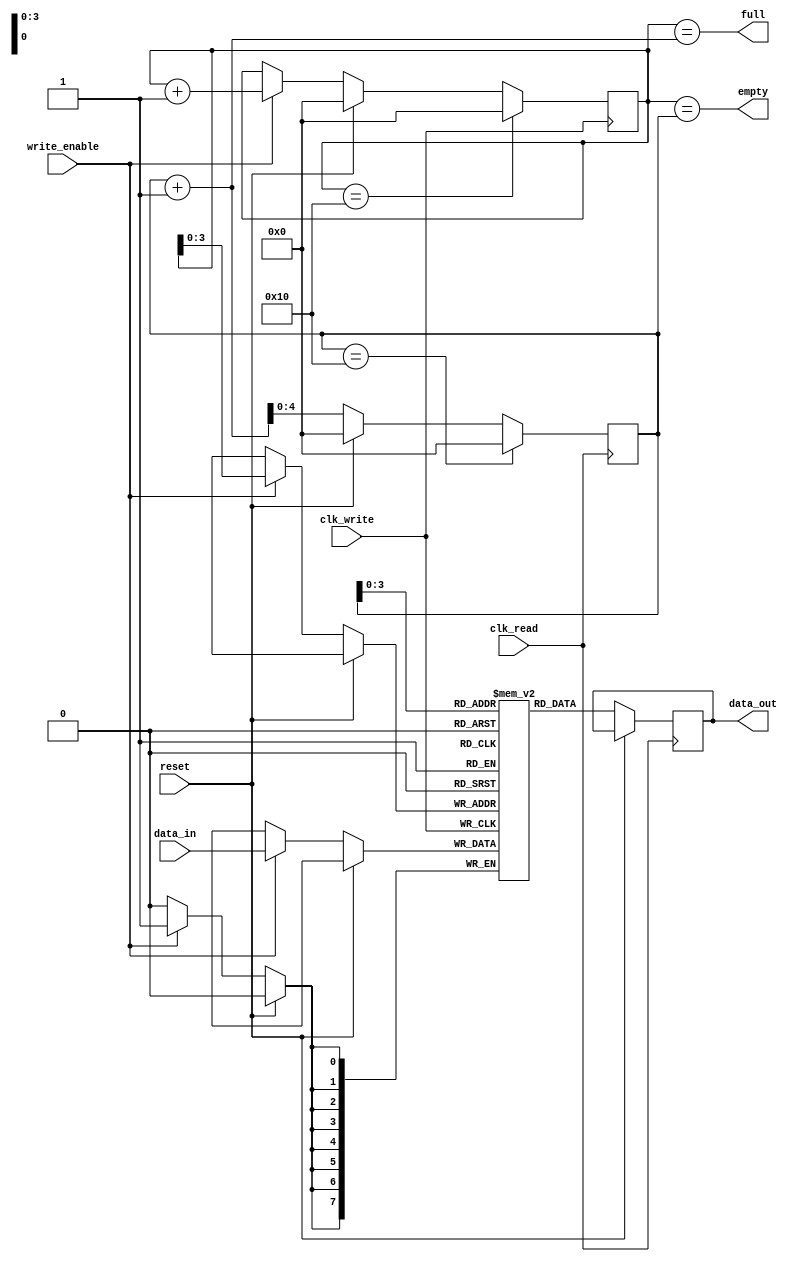
module fifo_buffer (
    input wire clk_write,
    input wire clk_read,
    input wire reset,
    input wire write_enable,
    input wire [7:0] data_in,
    output wire [7:0] data_out,
    output wire empty,
    output wire full
);

parameter DEPTH = 16;
reg [7:0] fifo [DEPTH-1:0];
reg [4:0] write_ptr, read_ptr;

initial begin
    write_ptr = 0;
    read_ptr = 0;
end

always @(posedge clk_write) begin
    if (reset) begin
        write_ptr <= 0;
    end else if (write_enable) begin
        fifo[write_ptr] <= data_in;
        write_ptr <= write_ptr + 1;
    end
    if (write_ptr == DEPTH) begin
        write_ptr <= 0;
    end
end

always @(posedge clk_read) begin
    if (reset) begin
        read_ptr <= 0;
    end else begin
        data_out <= fifo[read_ptr];
        read_ptr <= read_ptr + 1;
    end
    if (read_ptr == DEPTH) begin
        read_ptr <= 0;
    end
end

assign empty = (write_ptr == read_ptr);
assign full = (write_ptr == read_ptr + 1);

endmodule